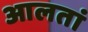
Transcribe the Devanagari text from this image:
आलतां